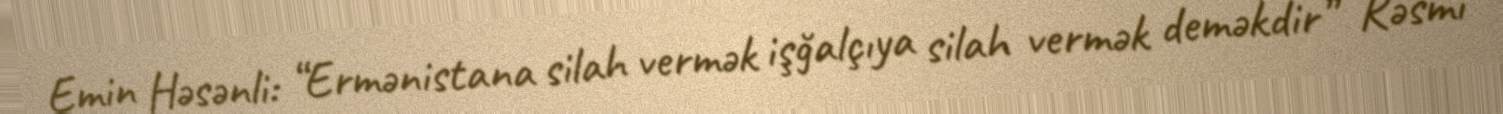
Emin Həsənli: “Ermənistana silah vermək işğalçıya silah vermək deməkdir” Rəsmi